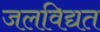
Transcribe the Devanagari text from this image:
जलविद्यत